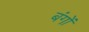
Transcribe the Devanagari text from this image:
बंगों